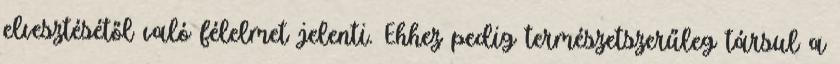
elvesztésétől való félelmet jelenti. Ehhez pedig természetszerűleg társul a